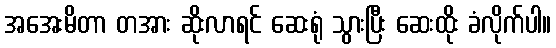
အအေးမိတာ တအား ဆိုးလာရင် ဆေးရုံ သွားပြီး ဆေးထိုး ခံလိုက်ပါ။